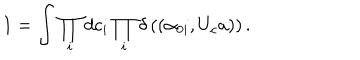
1 = \int \prod _ { i } d c _ { i } \prod _ { i } \delta \left( ( \alpha _ { 0 i } , U _ { c } a ) \right) .